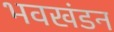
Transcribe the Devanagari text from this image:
भवखंडन